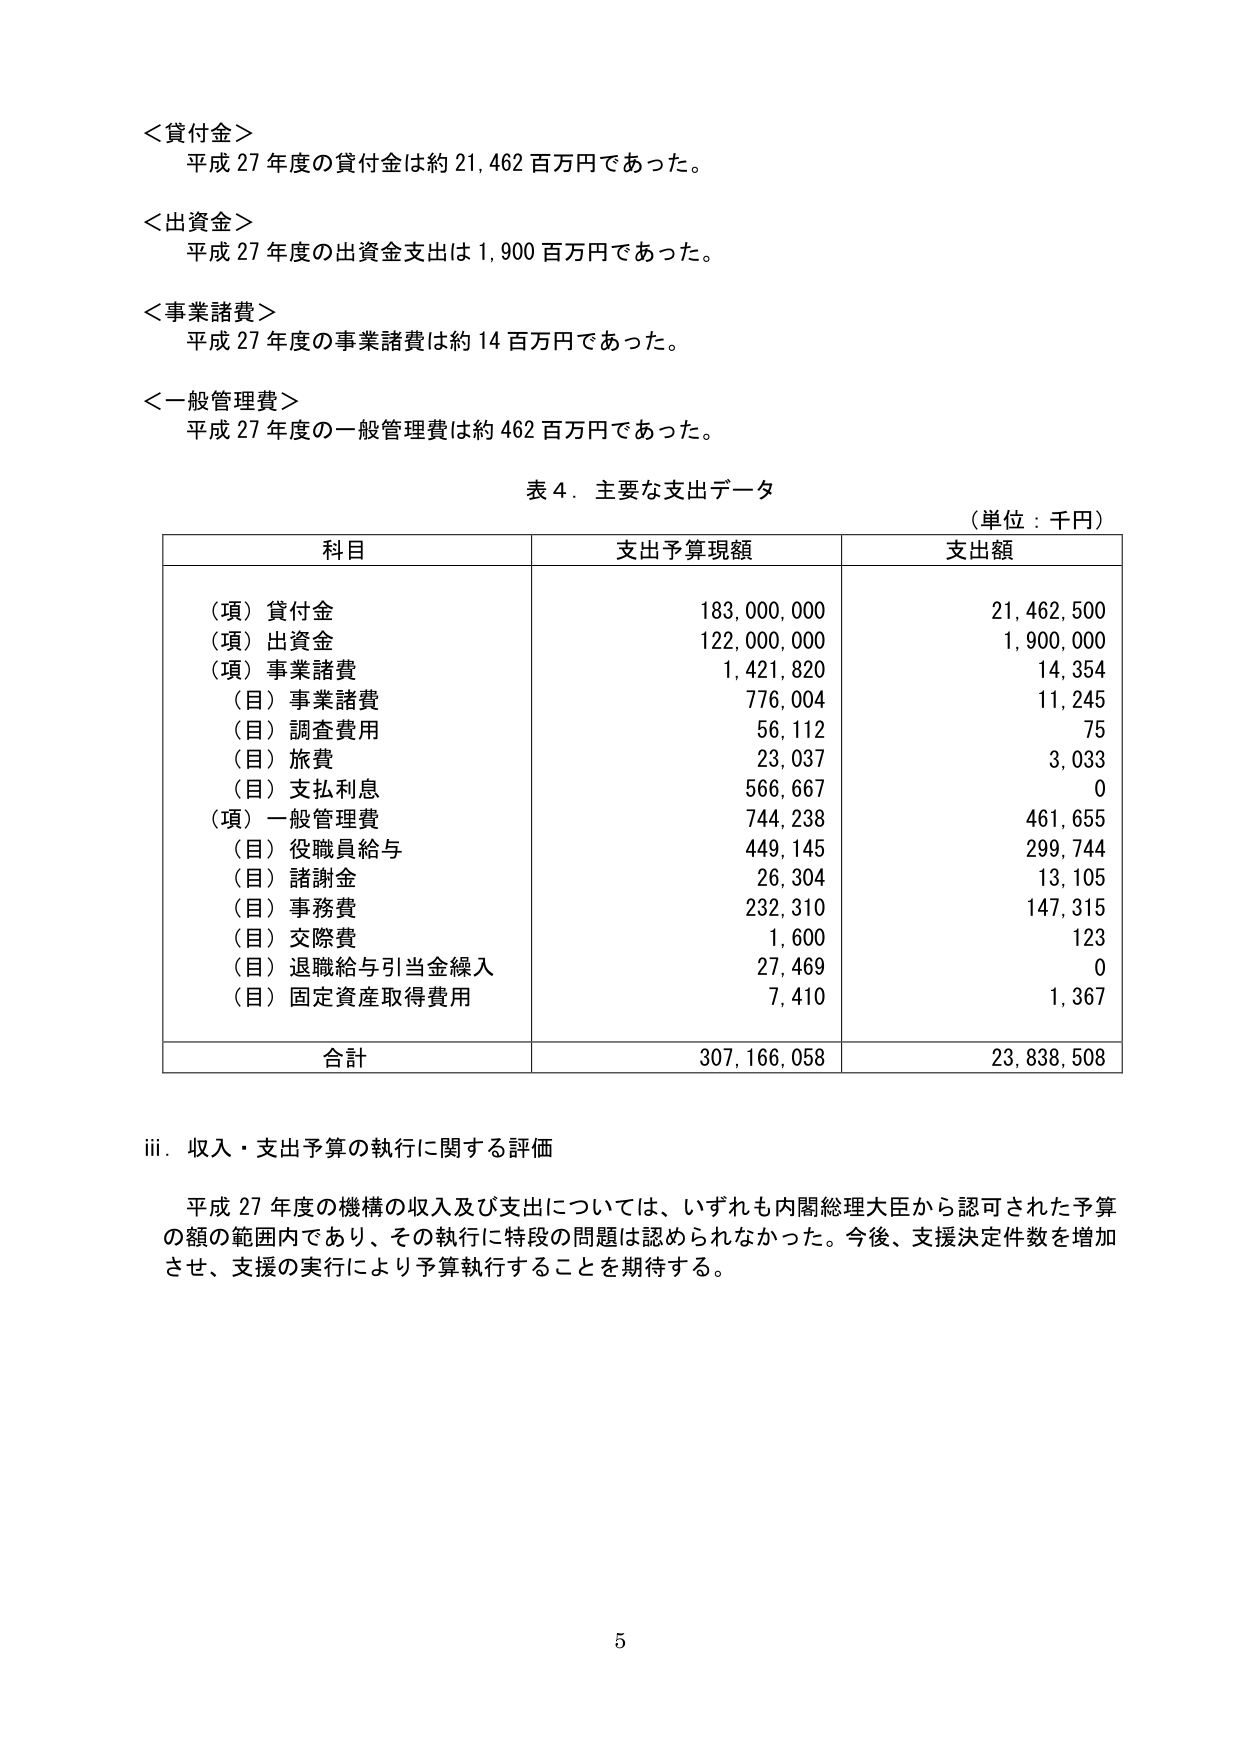
＜貸付金＞
平成27年度の貸付金は約21,462百万円であった。

＜出資金＞
平成27年度の出資金支出は1,900百万円であった。

＜事業諸費＞
平成27年度の事業諸費は約14百万円であった。

＜一般管理費＞
平成27年度の一般管理費は約462百万円であった。

表4．主要な支出データ
（単位：千円）

科目　　　　　　　　　　　支出予算現額　　　支出額
（項）貸付金　　　　　　　　183,000,000　　　21,462,500
（項）出資金　　　　　　　　122,000,000　　　1,900,000
（項）事業諸費　　　　　　　1,421,820　　　　14,354
　（目）事業諸費　　　　　　776,004　　　　　11,245
　（目）調査費用　　　　　　56,112　　　　　　75
　（目）旅費　　　　　　　　23,037　　　　　　3,033
　（目）支払利息　　　　　　566,667　　　　　　0
（項）一般管理費　　　　　　744,238　　　　461,655
　（目）役職員給与　　　　　449,145　　　　299,744
　（目）諸謝金　　　　　　　26,304　　　　　13,105
　（目）事務費　　　　　　　232,310　　　　147,315
　（目）交際費　　　　　　　1,600　　　　　　123
　（目）退職給与引当金繰入　27,469　　　　　　0
　（目）固定資産取得費用　　7,410　　　　　　1,367

合計　　　　　　　　　　　307,166,058　　　23,838,508

iii．収入・支出予算の執行に関する評価

平成27年度の機構の収入及び支出については、いずれも内閣総理大臣から認可された予算の額の範囲内であり、その執行に特段の問題は認められなかった。今後、支援決定件数を増加させ、支援の実行により予算執行することを期待する。

5